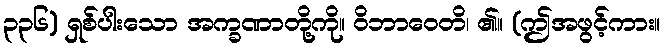
၃၃၆) ရှစ်ပါးသော အက္ခဏာတို့ကို။ ဝိဘာဝေတိ၊ ၏။ (ဤအဖွင့်ကား။